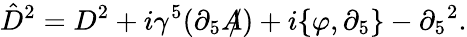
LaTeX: \hat{D}^{2}=D^{2}+i\gamma^{5}(\partial_{5}A\! \! \! /)+i\{ \varphi,\partial_{5}\} -\partial_{5}{}^{2}.